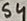
Text: S4